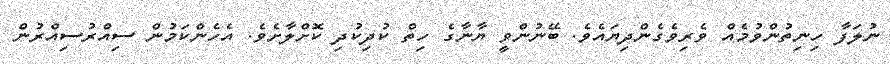
ނުލަފާ ހިނިތުންވުމެއް ވެރިވެގެންދިޔައެވެ. ބޭނުންވީ ޔާނާގެ ހިތް ކުދިކުދި ކޮށްލާށެވެ. އެހެންކަމުން ސިއްރުސިއްރުން